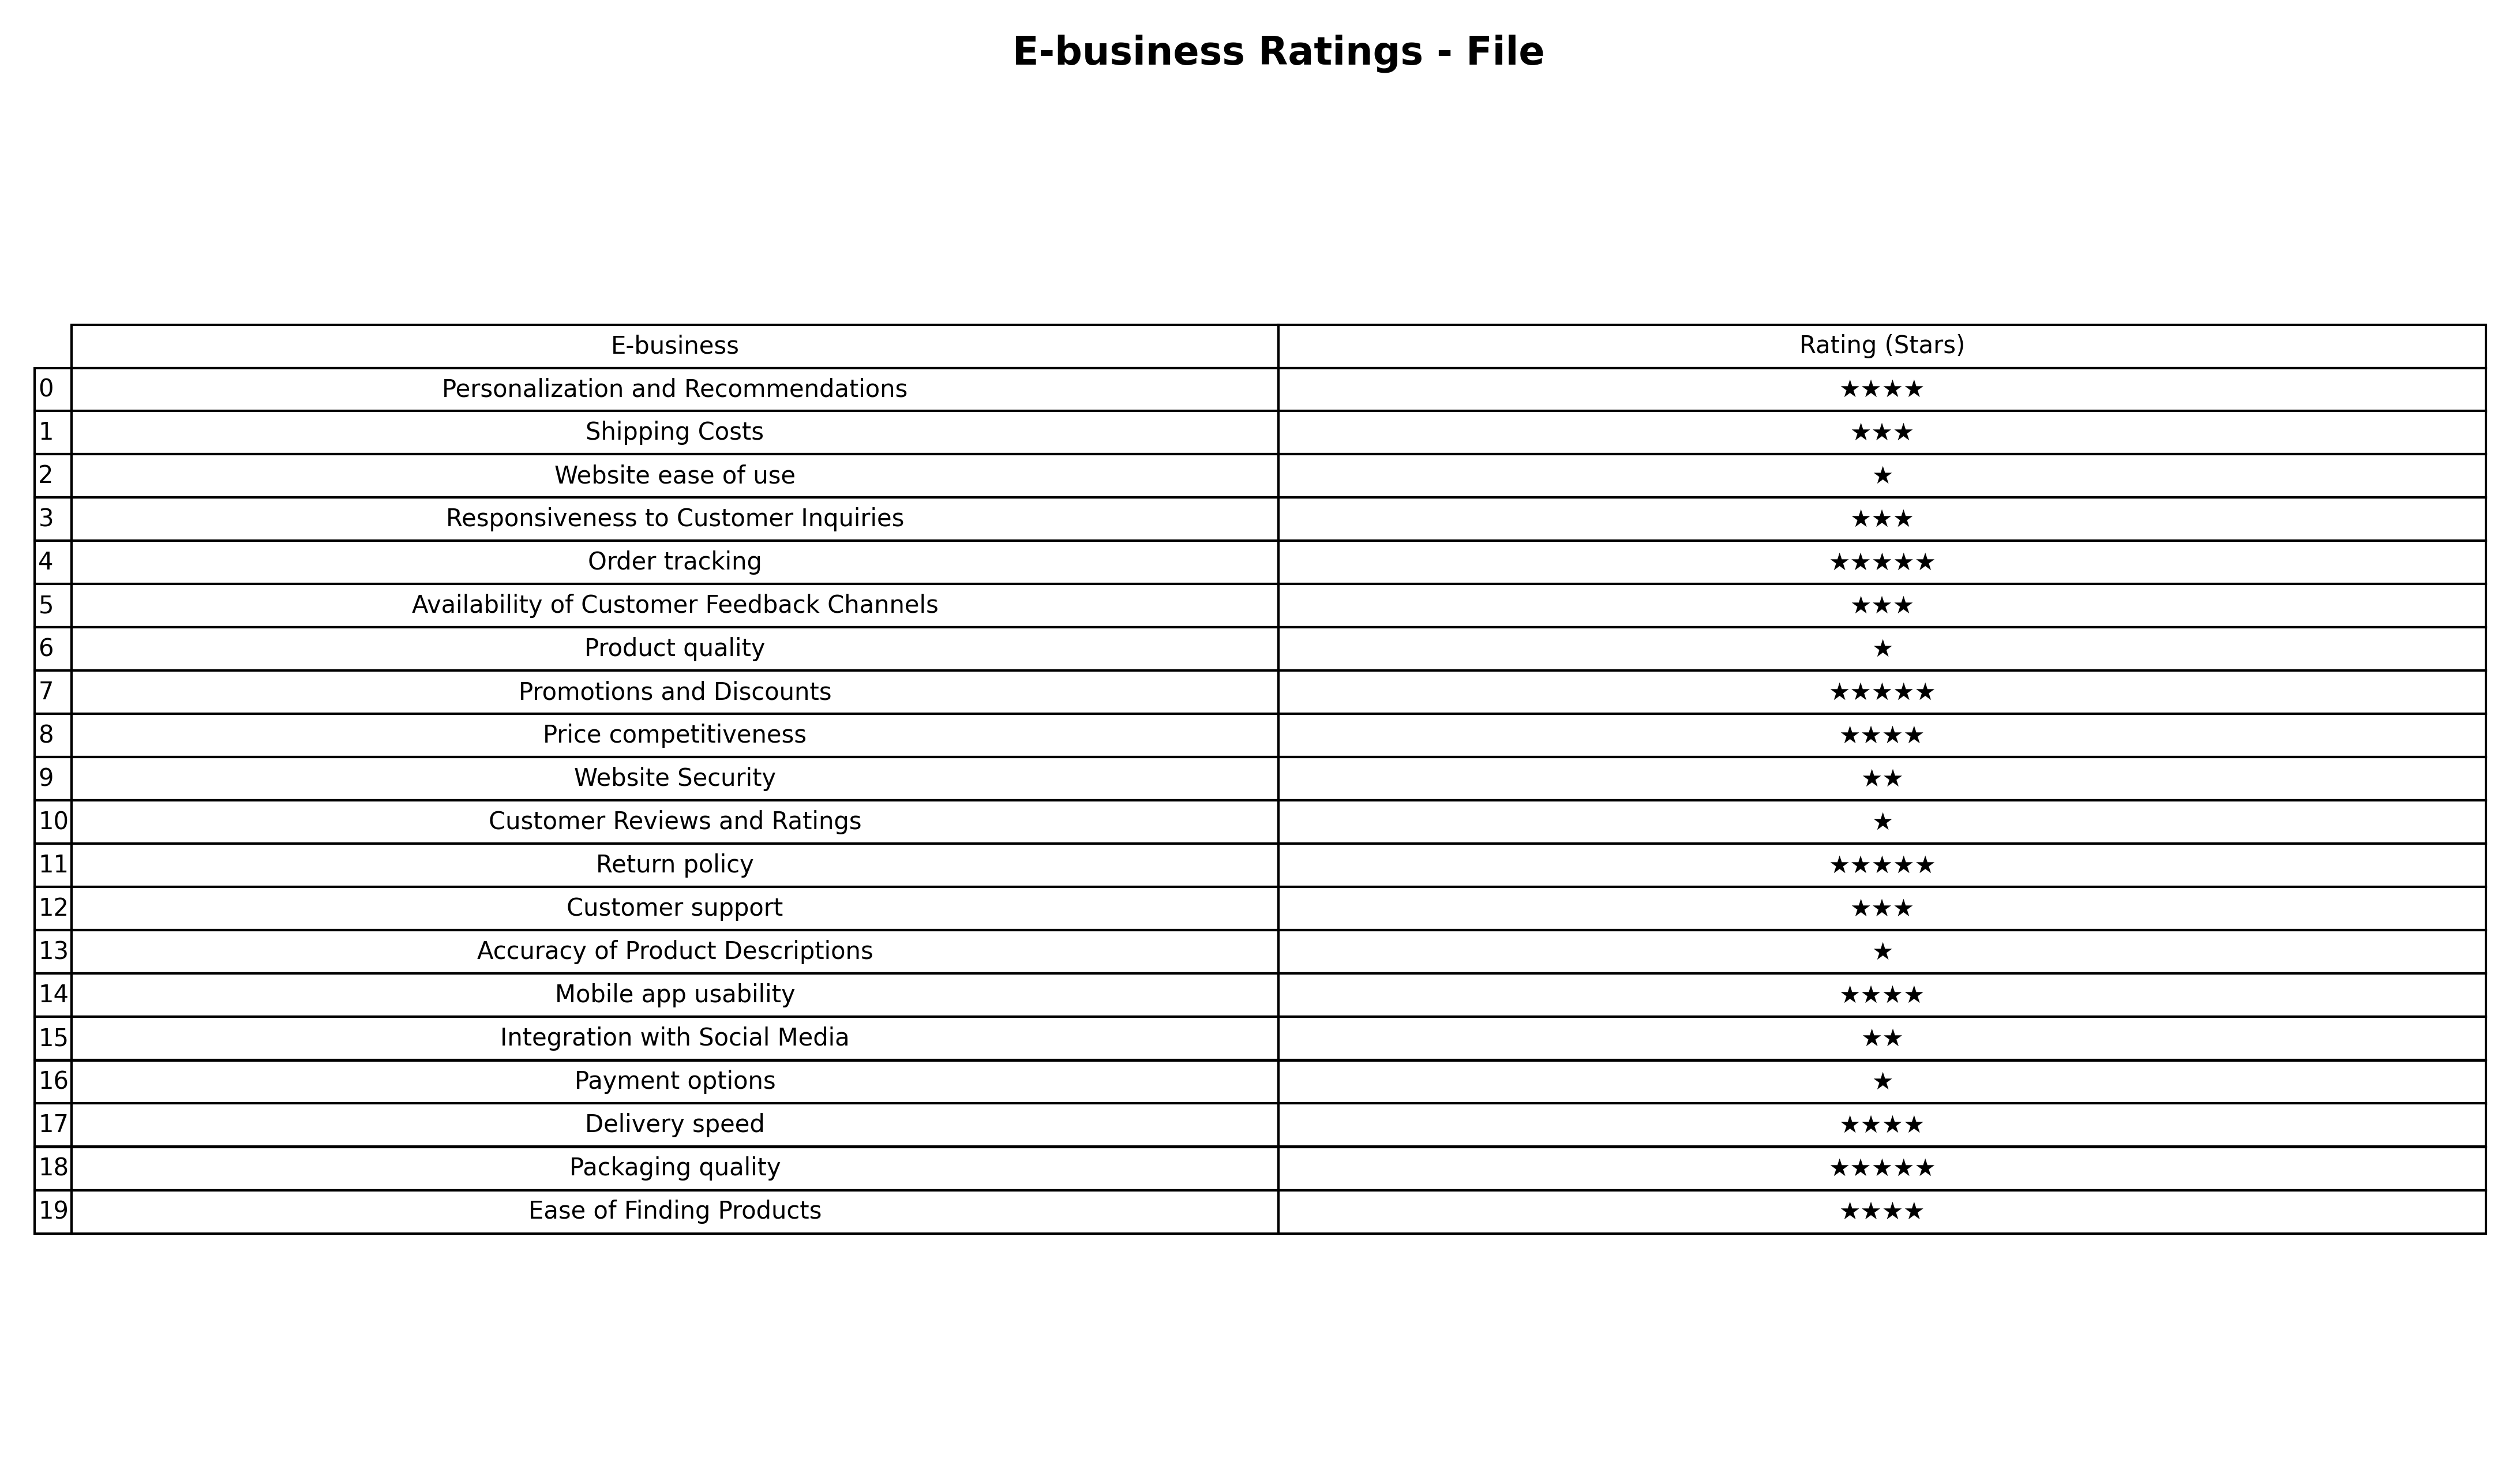
question: What is the rating of Accuracy of Product Descriptions?
answer: ★